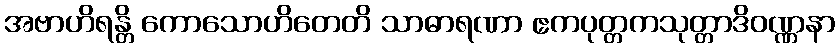
အဗာဟိရန္တိ ကောသောဟိတေတိ သာဓာရဏာ ဧကပုတ္တကသုတ္တာဒိဝဏ္ဏနာ